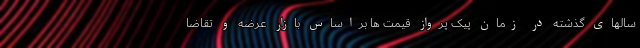
سالهای گذشته در زمان پیک پرواز قیمت ها براساس بازار عرضه و تقاضا